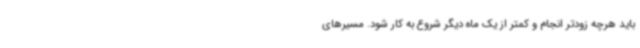
باید هرچه زودتر انجام و کمتر از یک ماه دیگر شروع به کار شود. مسیرهای